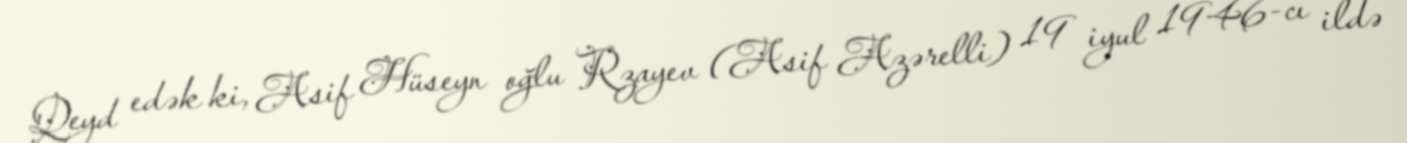
Qeyd edək ki, Asif Hüseyn oğlu Rzayev (Asif Azərelli) 19 iyul 1946-cı ildə